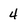
Character: 4